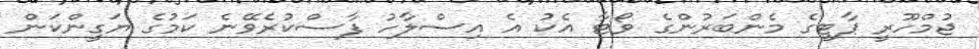
ޖުމްހޫރީ ޕާޓީގެ މެންބަރުންގެ ވޯޓާ އެކު އެ އިސްލާހު ފާސްކުރެވޭނެ ކަމުގެ ޔަގީންކަން